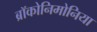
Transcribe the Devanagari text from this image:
ब्रॉकोनिमोनिया